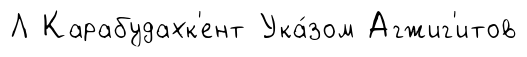
Л Карабудахк'ент Ука́зом Агжиг'итов